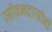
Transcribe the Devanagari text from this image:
जीवनदायीनी